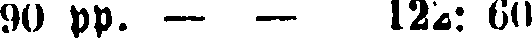
90 pp. — — 122: 60